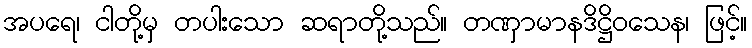
အပရေ၊ ငါတို့မှ တပါးသော ဆရာတို့သည်။ တဏှာမာနဒိဋ္ဌိဝသေန၊ ဖြင့်။